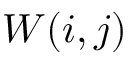
W ( i , j )